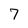
Character: 7